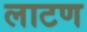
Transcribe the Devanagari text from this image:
लाटण